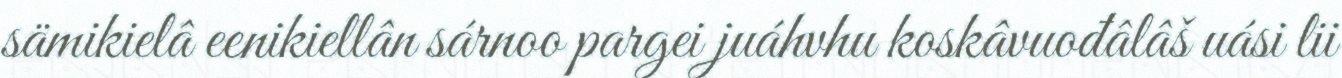
sämikielâ eenikiellân sárnoo pargei juáhvhu koskâvuođâlâš uási lii